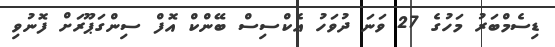
ޑިސެމްބަރު މަހުގެ 27 ވަނަ ދުވަހު އެކްސިސް ބޭންކް އޮފް ސިންގަޕޫރަށް ފޮނުވި